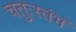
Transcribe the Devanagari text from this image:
चतुःस्तंभं